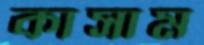
কাসাম